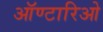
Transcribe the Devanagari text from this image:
ऑण्टारिओ